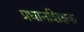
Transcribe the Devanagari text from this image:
प्रधानशिक्षक